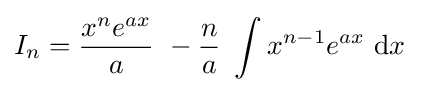
I_{n}={\frac {x^{n}e^{ax}}{a}}\ -{\frac {n}{a}}\ \int x^{n-1}e^{ax}\ {\text{d}}x\